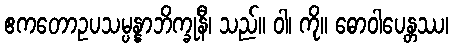
ဧကတောဥပသမ္ပန္နာဘိက္ခုနီ၊ သည်။ ဝါ၊ ကို။ ဓောဝါပေန္တဿ၊